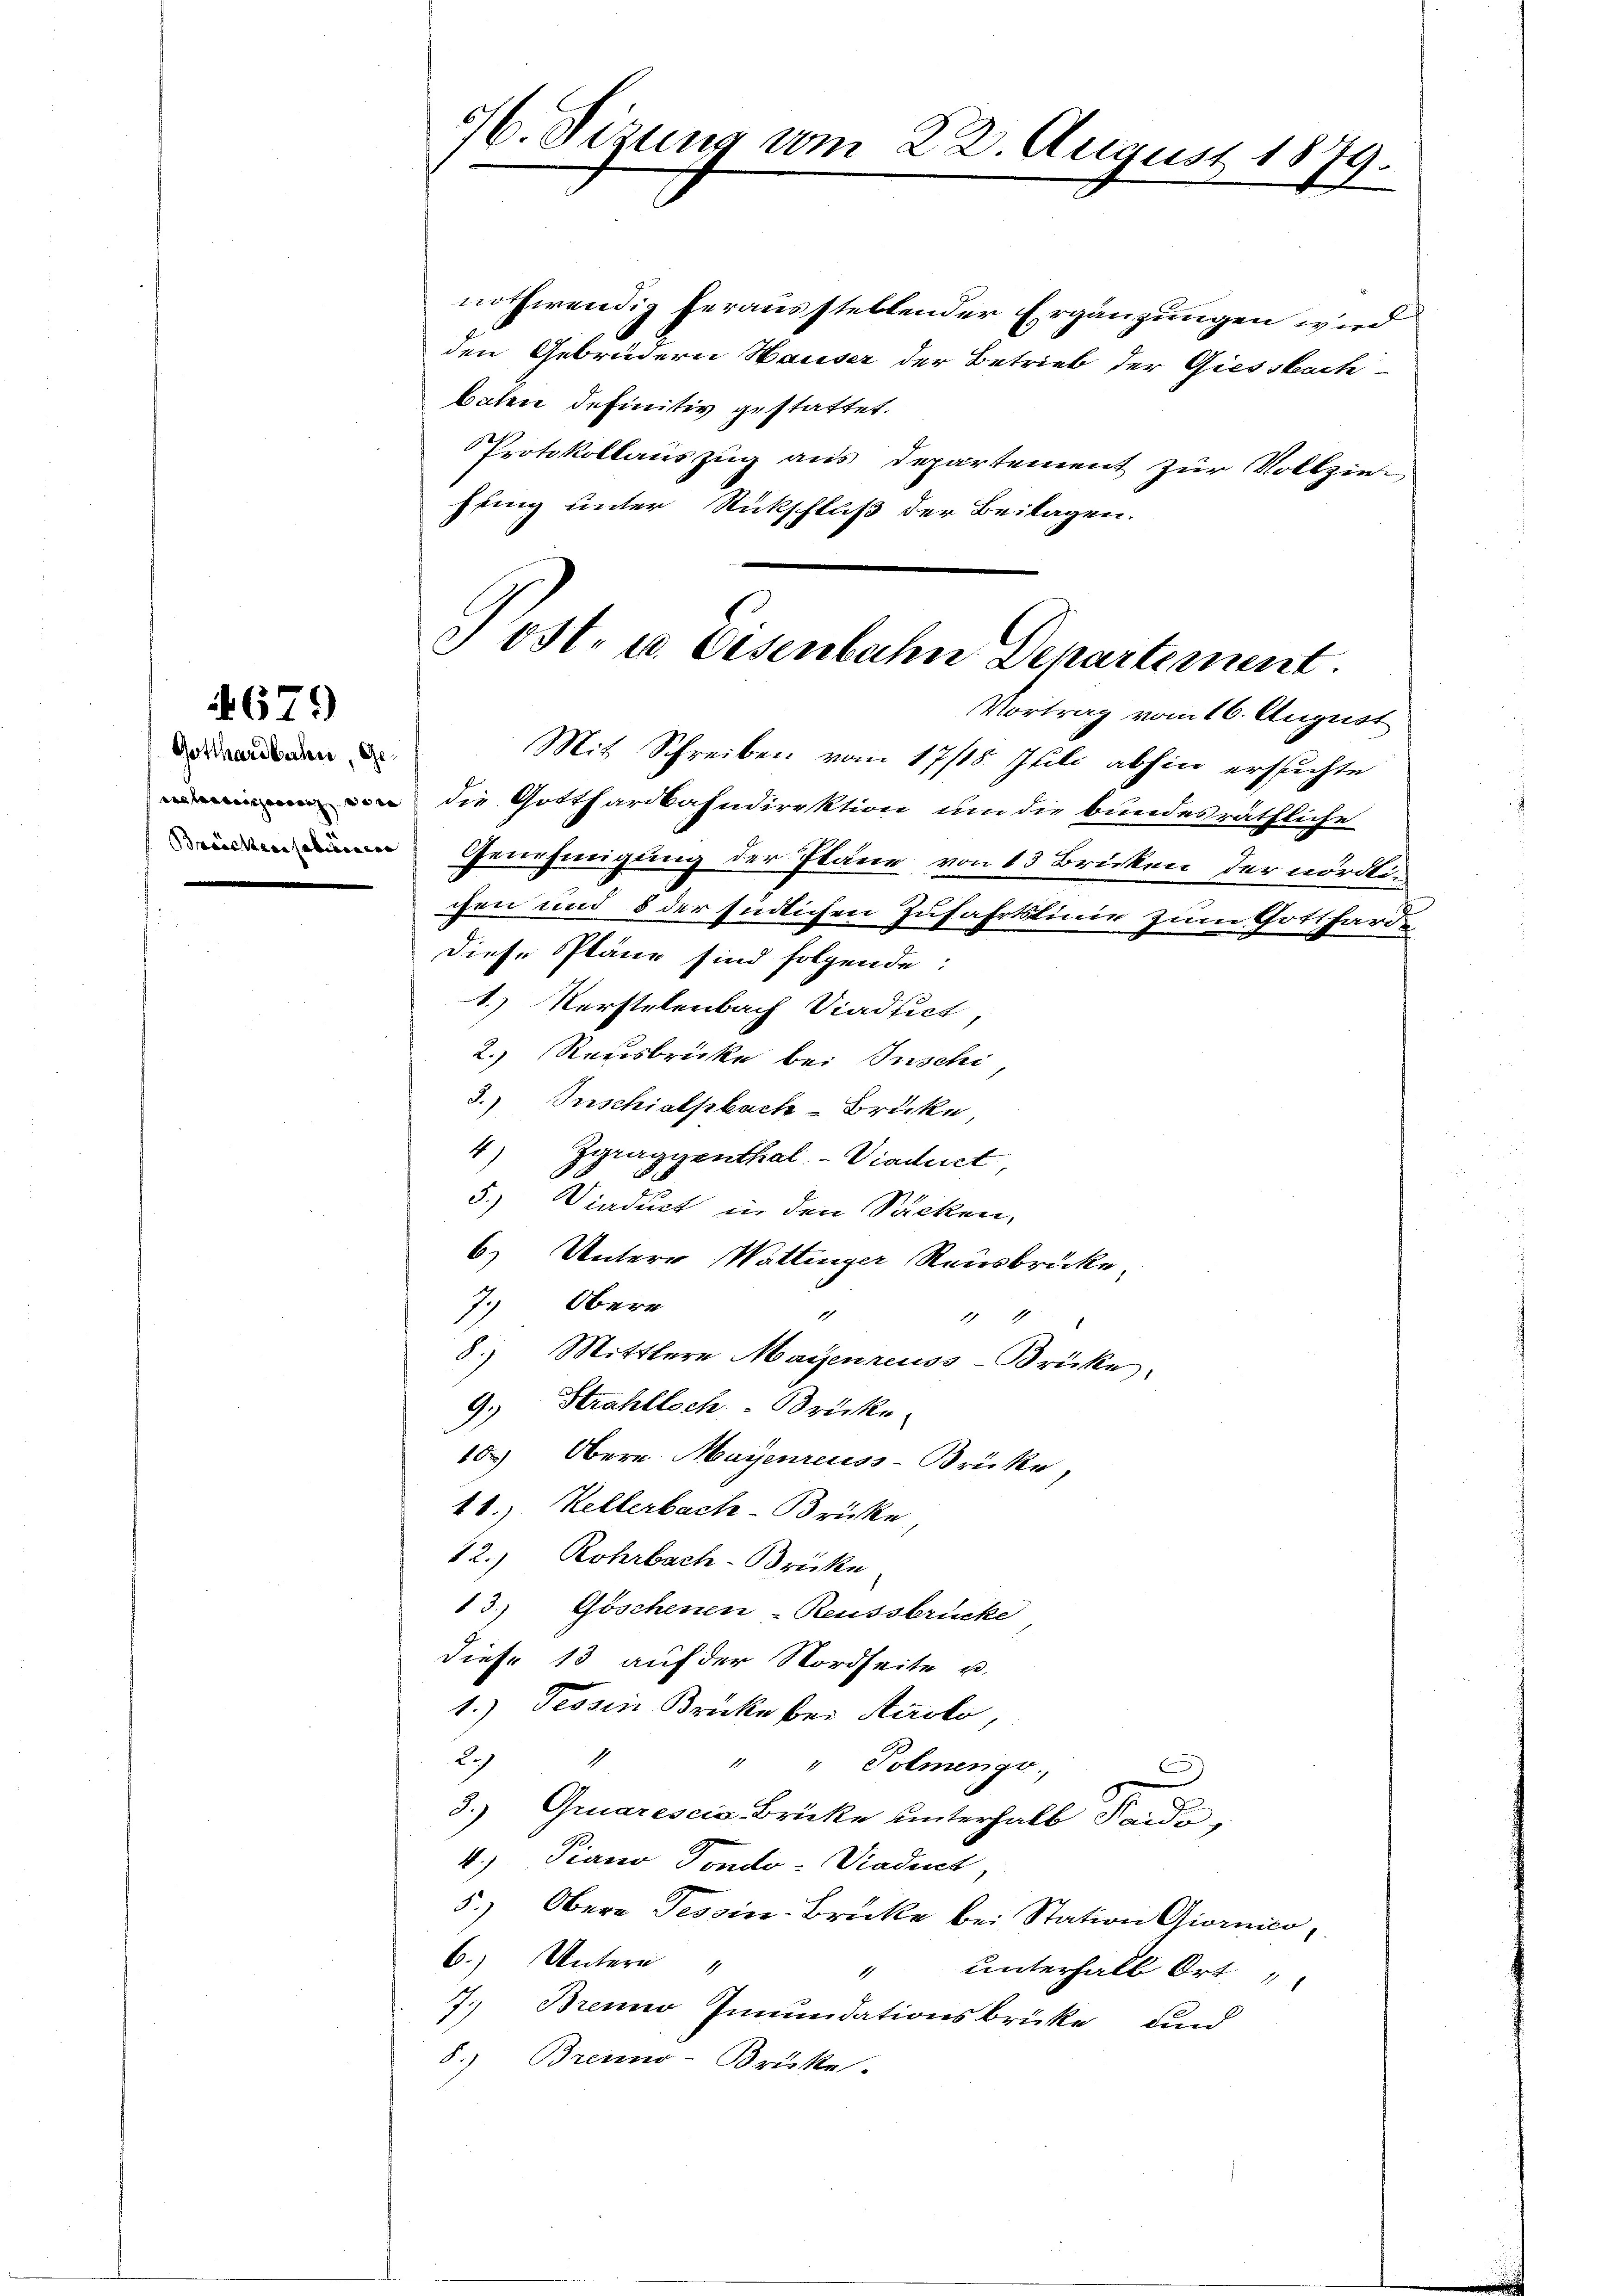
679

Gotthardbahn, Ge¬

nothwendig herausstellender Ergänzungen wird
den Gebrüdern Hauser der Betrieb der Giessbach-
baten definitiv gestattet.
Protokollauszug aus Departement zur Vollzieffing unter Rückschluß der Beilagen.
Mit Schreiben vom 17/18. Juli abhin ersuchte
 die Gotthardbahndirektion um die bundesräthliche
Genehmigung der Pläne von 13 Brücken der nördli
chen und 8 der südlichen Zufahrtslinie zum Gottharde
diese Pläne sind folgende:
1.) Verstelenbach Viadtich,
2.) Reusbrücke bei Inschi
3.) Inschialsbach Brücke
4) Zgraggenthal - Viaduet,
5.) Viaduct in den Säcken,
6) Untere Wattinger Rausbrücke,
7. Obere
1
11 17
8.) Mittlere Maienreuss-Brücke.
9. Strahlloch Brücke
10) Obern Mayenreuss-Brücke,
41.) Kellerbach-Brücke,
12.) Rohrbach-Brücke
13.) Göschenen-Reussbrücke
diese 13 auf der Nordseite u.
1.) Tessin Brücke bei Airolo,
Ich
1
" " Polmengo.,
.
3.) Gruarescis Brücke unterhalb Saido,
4.) Piano Fondo-Viadet,
5.) Obere Tessin-Brücke bei Station Giornico,
6.) Untern
unterhalb Ort
1
7. Brenno Innundationsbrücke und
8.) Brenno-Brücke.

5/6. Sizung vom 22. August 1879.

J ost- u. Eisenbahn Departement.
Vortrag vom 16. August